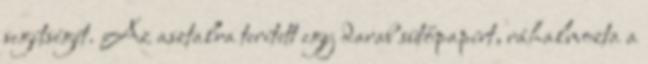
segítségét. Az asztalra terített egy darab sütőpapírt, ráhalmozta a